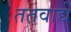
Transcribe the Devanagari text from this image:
ततवाद्ये